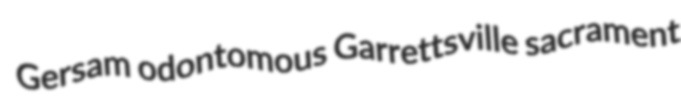
Gersam odontomous Garrettsville sacrament